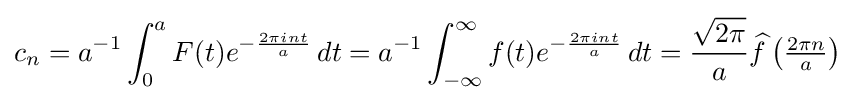
c_{n}=a^{-1}\int _{0}^{a}F(t)e^{-{\frac {2\pi int}{a}}}\,dt=a^{-1}\int _{-\infty }^{\infty }f(t)e^{-{\frac {2\pi int}{a}}}\,dt={{\sqrt {2\pi }} \over a}{\widehat {f}}\left({\tfrac {2\pi n}{a}}\right)